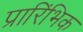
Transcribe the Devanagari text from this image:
प्रारिंभिक